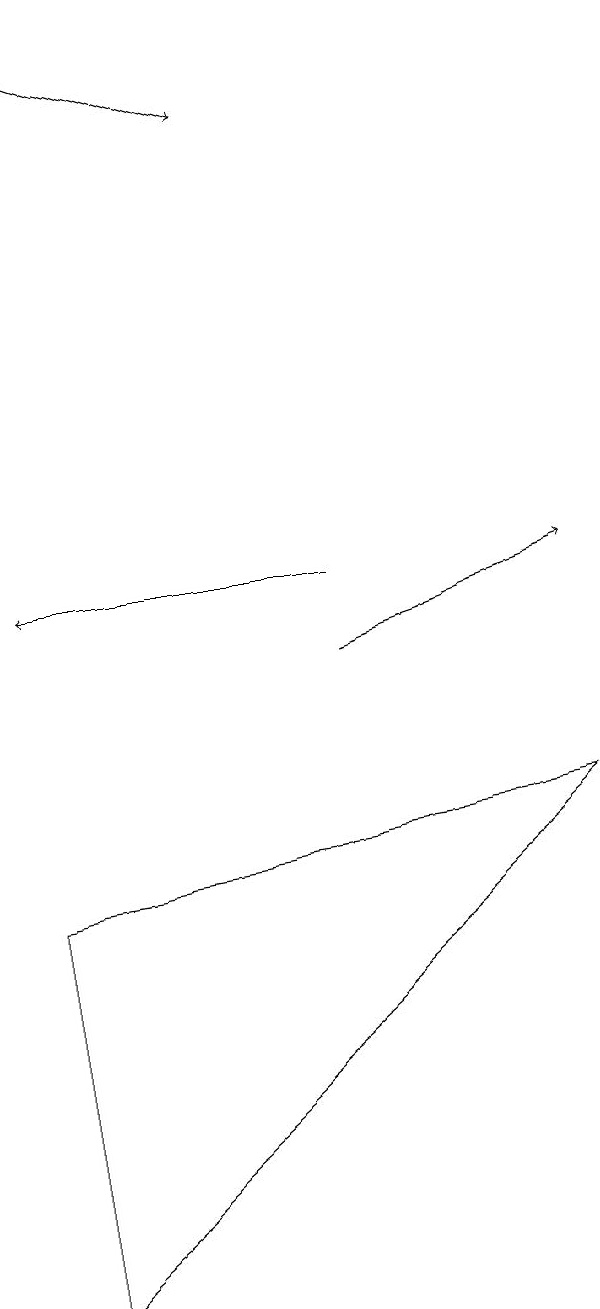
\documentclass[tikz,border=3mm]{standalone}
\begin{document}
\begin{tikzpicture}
\draw (0,2) -- (0,7) -- (7,8) -- cycle;
\draw[->] (4,10) -- (7,11);
\draw[->] (0,18) -- (3,17);
\draw[->] (4,11) -- (0,11);
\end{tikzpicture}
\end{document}